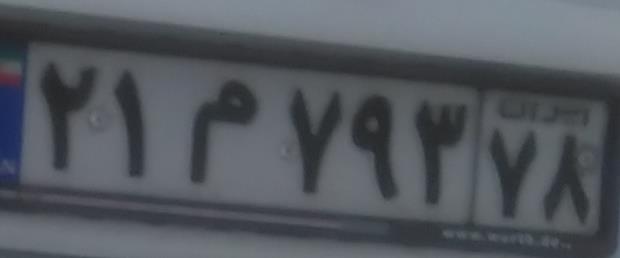
۲۱م۷۹۳۷۸